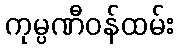
ကုမ္ပဏီဝန်ထမ်း